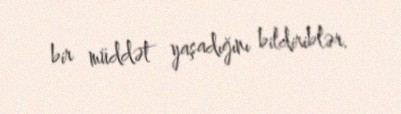
bir müddət yaşadığını bildiriblər.